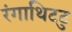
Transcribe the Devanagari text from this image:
रंगाथिटटु